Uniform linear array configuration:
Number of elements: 32
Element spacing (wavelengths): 0.75
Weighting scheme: cosine
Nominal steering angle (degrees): -60
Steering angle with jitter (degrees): -58.015
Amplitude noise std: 0.05
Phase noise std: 0.05

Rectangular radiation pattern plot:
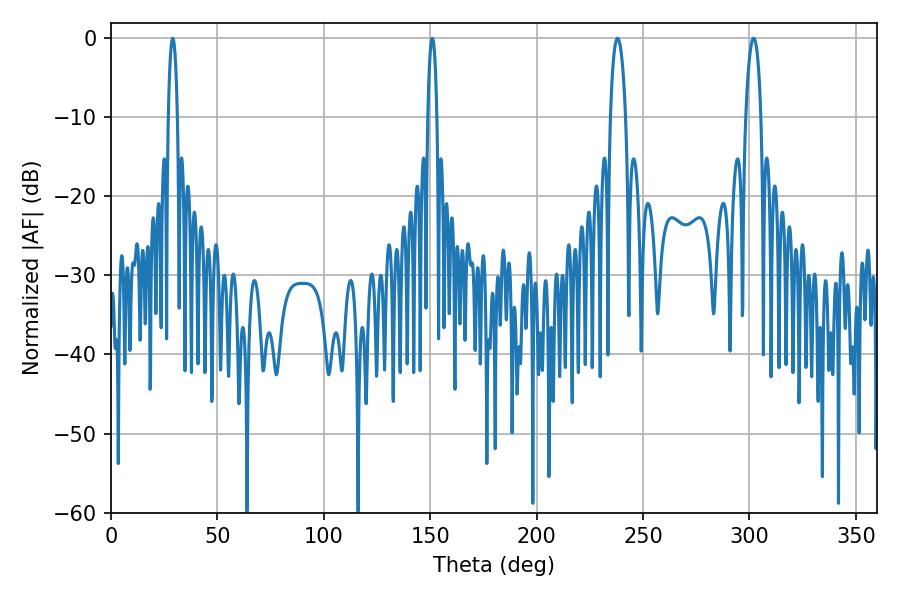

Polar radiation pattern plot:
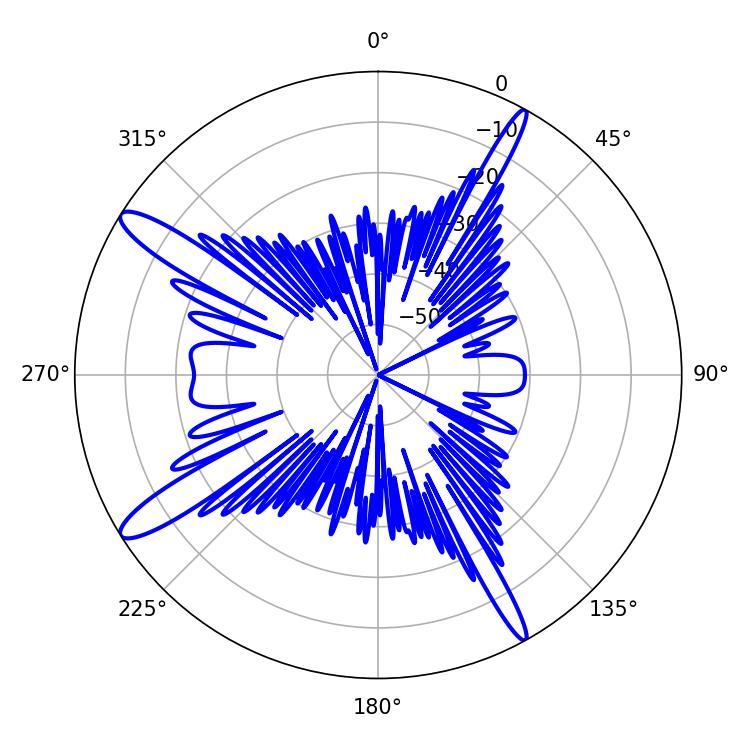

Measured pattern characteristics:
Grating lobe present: TRUE
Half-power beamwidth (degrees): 2.34
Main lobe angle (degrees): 28.98